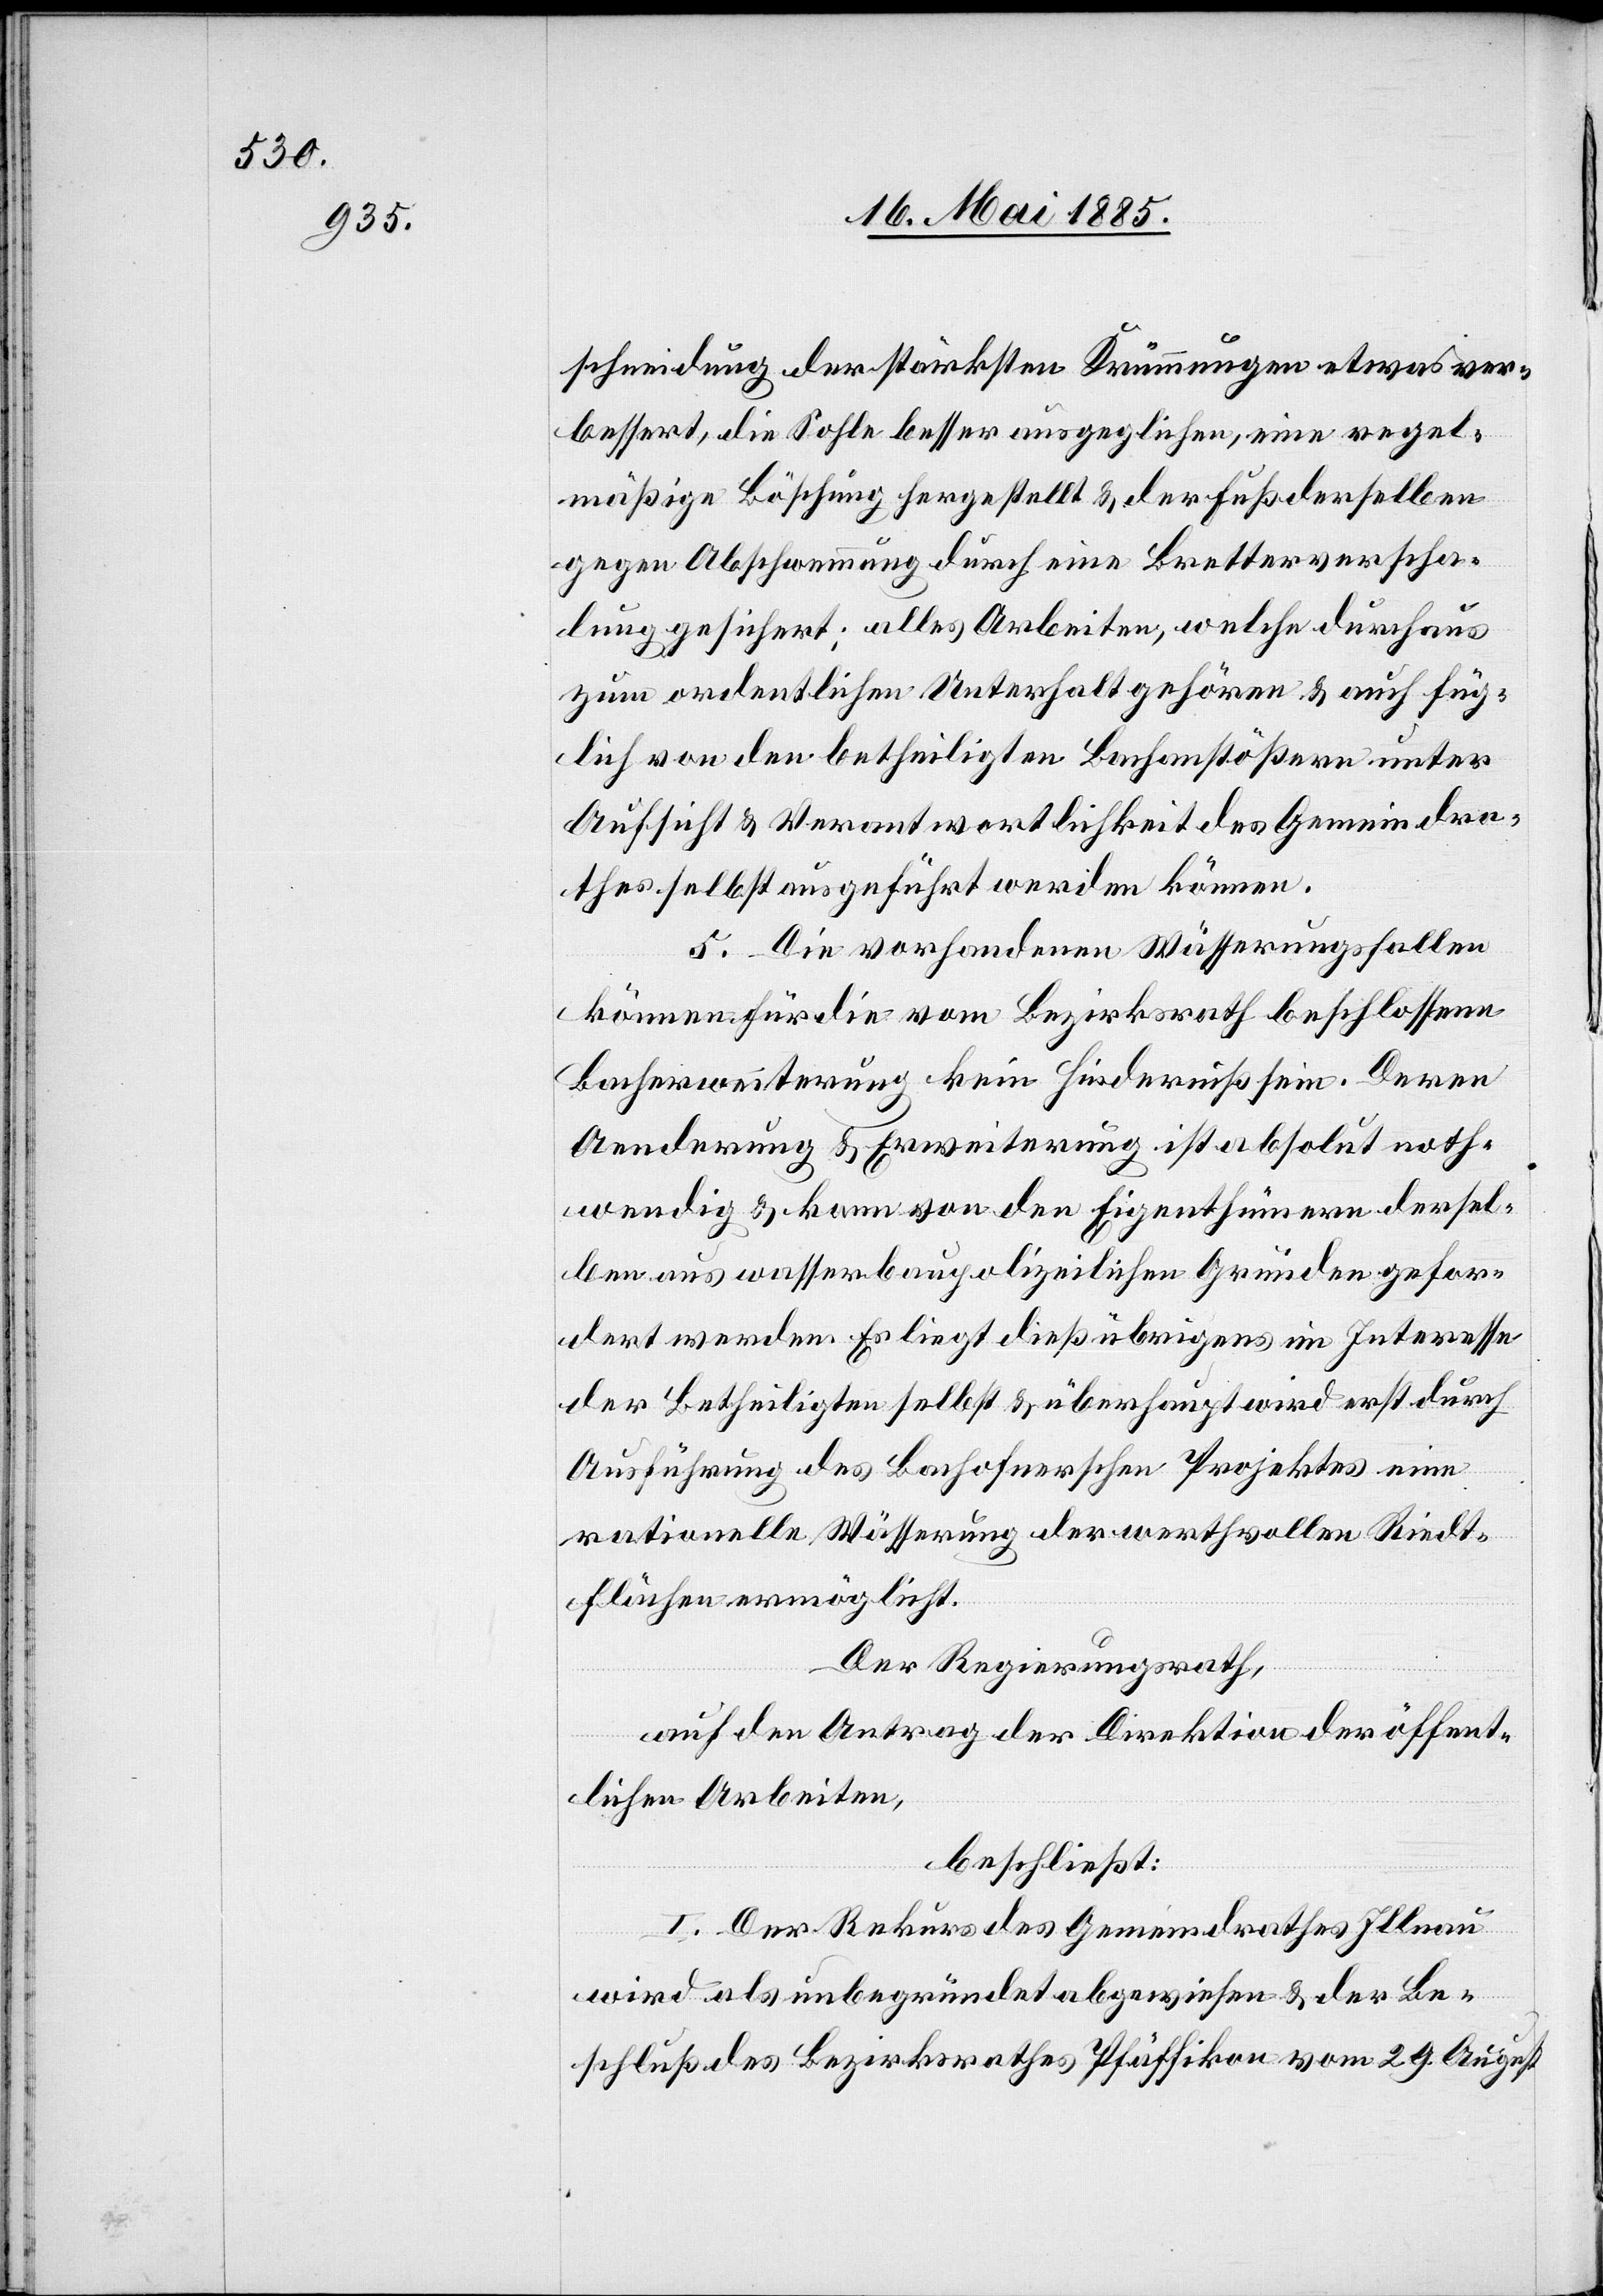
schneidung der stärksten Krümmungen etwas ver¬
bessert, die Sohle besser ausgeglichen, eine regel¬
mäßige Böschung hergestellt & der Fuß derselben
gegen Abschwemmung durch eine Bretterverscha¬
lung gesichert; alles Arbeiten, welche durchaus
zum ordentlichen Unterhalt gehören & auch füg¬
lich von den betheiligten Bachanstößern unter
Aufsicht & Verantwortlichkeit des Gemeindra¬
thes selbst ausgeführt werden können.
5. Die vorhandenen Wässerungsfallen
können für die vom Bezirksrath beschlossene
Bacherweiterung kein Hinderniß sein. Deren
Aenderung & Erweiterung ist absolut noth¬
wendig & kann von den Eigenthümern dersel¬
ben aus wasserbaupolizeilichen Gründen gefor¬
dert werden. Es liegt dieß übrigens im Interesse
der Betheiligten selbst & überhaupt wird erst durch
Ausführung des Bachofner’schen Projektes eine
rationelle Wässerung der werthvollen Riedt¬
flächen ermöglicht.
Der Regierungsrath,
auf den Antrag der Direktion der öffent¬
lichen Arbeiten,
beschließt:
I. Der Rekurs des Gemeindrathes Illnau
wird als unbegründet abgewiesen & der Be¬
schluß des Bezirksrathes Pfäffikon vom 29. August